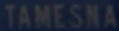
TAMESNA